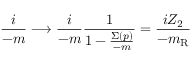
\frac { i } { \not { p } - m } \longrightarrow \frac { i } { \not { p } - m } \frac { 1 } { 1 - \frac { \Sigma ( p ) } { \not { p } - m } } = \frac { i Z _ { 2 } } { \not { p } - m _ { \mathrm { R } } }